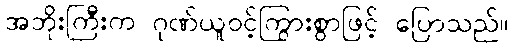
အဘိုးကြီးက ဂုဏ်ယူဝင့်ကြွားစွာဖြင့် ပြောသည်။